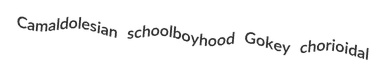
Camaldolesian schoolboyhood Gokey chorioidal